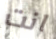
انت